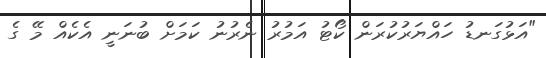
"އަޅުގަނޑު ހައްޔަރުކުރަން ކޯޓު އަމުރު ނެރުނު ކަމަށް ބުނަނީ އެކެއް މޭ ގެ